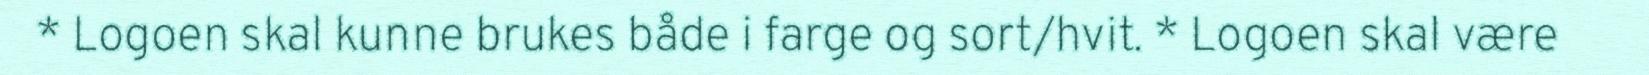
* Logoen skal kunne brukes både i farge og sort/hvit. * Logoen skal være